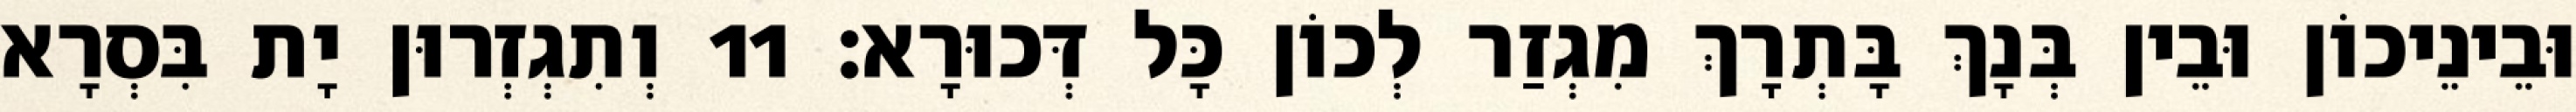
וּבֵינֵיכוֹן וּבֵין בְּנָךְ בָּתְרָךְ מִגְזַר לְכוֹן כָּל דְּכוּרָא׃ 11 וְתִגְזְרוּן יָת בִּסְרָא